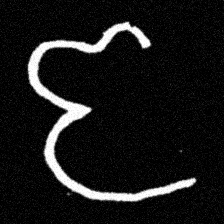
Pyu character \u2014 Myanmar letter: ဇ (romanized: ja)